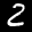
Label: 2